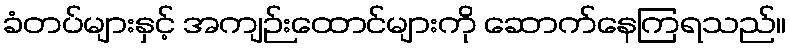
ခံတပ်များနှင့် အကျဉ်းထောင်များကို ဆောက်နေကြရသည်။